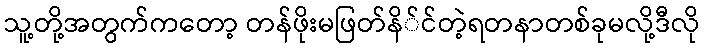
သူ့တို့အတွက်ကတော့ တန်ဖိုးမဖြတ်နိ်င်တဲ့ရတနာတစ်ခုမလို့ဒီလို